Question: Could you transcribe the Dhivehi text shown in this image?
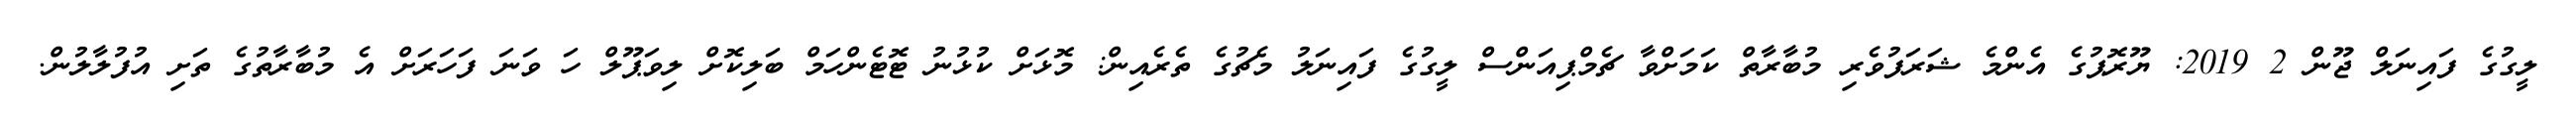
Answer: ލީގުގެ ފައިނަލް ޖޫން 2 2019: ޔޫރޮޕުގެ އެންމެ ޝަރަފުވެރި މުބާރާތް ކަމަށްވާ ޗެމްޕިއަންސް ލީގުގެ ފައިނަލު މެޗުގެ ތެރެއިން: މޮޅަށް ކުޅުނު ޓޮޓެންހަމް ބަލިކޮށް ލިވަޕޫލް ހަ ވަނަ ފަހަރަށް އެ މުބާރާތުގެ ތަށި އުފުލާލުން.